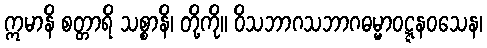
ဣမာနိ စတ္တာရိ သစ္စာနိ၊ တို့ကို။ ဝိသဘာဂသဘာဂဓမ္မာဝဋ္ဋနဝသေန၊